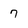
Character: 7